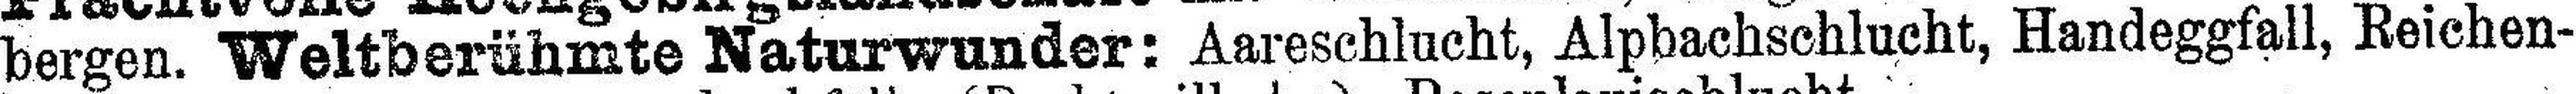
bergen. Weltberühmte Naturwunder: Aareschlucht, Alpbachschlucht, Handeggfall, Reichen¬